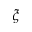
\xi